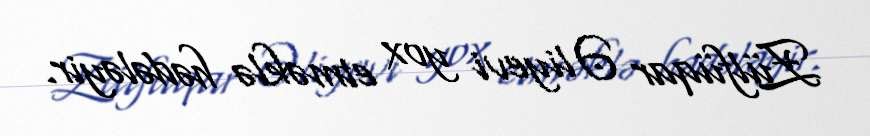
Zülfüqar Əliyevi yox etməklə hədələyir.